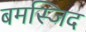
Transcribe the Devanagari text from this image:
बमस्जिद